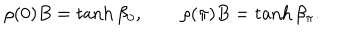
\rho ( 0 ) B = \tanh \beta _ { 0 } , \qquad \rho ( \pi ) B = \tanh \beta _ { \pi } .